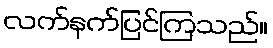
လက်နက်ပြင်ကြသည်။